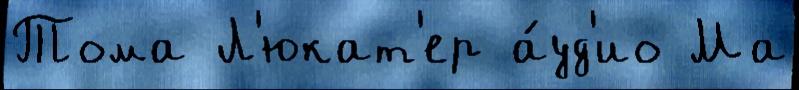
Тома Л'юкат'ер а́уд'ио Ма